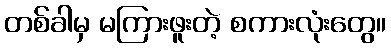
တစ်ခါမှ မကြားဖူးတဲ့ စကားလုံးတွေ။